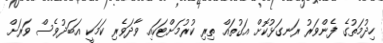
ހިދުމަތުގެ ފެންވަރު ރަނގަޅުކޮށް އަގުތައް ތިރި ކުރުމަށްޓަކައި ވާދަވެރި ކަމަކީ އަބަދުވެސް ވަރަށް